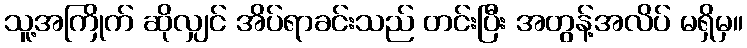
သူ့အကြိုက် ဆိုလျှင် အိပ်ရာခင်းသည် တင်းပြီး အတွန့်အလိပ် မရှိမှ။